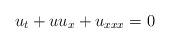
LaTeX: \begin{align*}u_t+uu_x+u_{xxx}=0\end{align*}